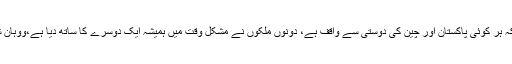
عبدالرحمن کا چین کے اکنامک نیٹ ورک سے گفتگو کرتے ہوئے کہنا تھا کہ ہر کوئی پاکستان اور چین کی دوستی سے واقف ہے، دونوں ملکوں نے مشکل وقت میں ہمیشہ ایک دوسرے کا ساتھ دیا ہے،ووہان شہر نے میری تعلیم کے لیے مجھے بہترین اور محفوظ ماحول فراہم کیا ہے۔